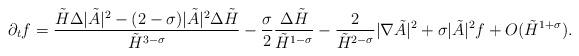
LaTeX: \begin{align*}\partial_t f = \frac{\tilde{H} \Delta |\tilde{A}|^2 - (2-\sigma) |\tilde{A}|^2 \Delta \tilde{H}}{\tilde{H}^{3-\sigma}} -\frac{\sigma}{2} \frac{\Delta \tilde{H}}{\tilde{H}^{1-\sigma}} - \frac{2}{\tilde{H}^{2-\sigma}} |\nabla \tilde{A}|^2 +\sigma |\tilde{A}|^2 f + O(\tilde{H}^{1+\sigma}).\end{align*}